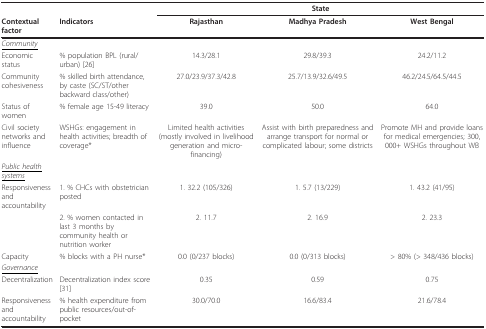
|  |  | <COLSPAN=3> State |
 | Contextual factor | Indicators | Rajasthan | Madhya Pradesh | West Bengal |
 | --- | --- | --- | --- | --- |
 | <underline>Community</underline> |  |  |  |  |
 | Economic status | % population BPL (rural/urban) [26] | 14.3/28.1 | 29.8/39.3 | 24.2/11.2 |
 | Community cohesiveness | % skilled birth attendance, by caste (SC/ST/other backward class/other) | 27.0/23.9/37.3/42.8 | 25.7/13.9/32.6/49.5 | 46.2/24.5/64.5/44.5 |
 | Status of women | % female age 15-49 literacy | 39.0 | 50.0 | 64.0 |
 | Civil society networks and influence | WSHGs: engagement in health activities; breadth of coverage* | Limited health activities (mostly involved in livelihood generation and micro-financing) | Assist with birth preparedness and arrange transport for normal or complicated labour; some districts | Promote MH and provide loans for medical emergencies; 300, 000+ WSHGs throughout WB |
 | <underline>Public health systems</underline> |  |  |  |  |
 | Responsiveness and accountability | 1. % CHCs with obstetrician posted | 1. 32.2 (105/326) | 1. 5.7 (13/229) | 1. 43.2 (41/95) |
 |  | 2. % women contacted in last 3 months by community health or nutrition worker | 2. 11.7 | 2. 16.9 | 2. 23.3 |
 | Capacity | % blocks with a PH nurse* | 0.0 (0/237 blocks) | 0.0 (0/313 blocks) | > 80% (> 348/436 blocks) |
 | <underline>Governance</underline> |  |  |  |  |
 | Decentralization | Decentralization index score [31] | 0.35 | 0.59 | 0.75 |
 | Responsiveness and accountability | % health expenditure from public resources/out-of-pocket | 30.0/70.0 | 16.6/83.4 | 21.6/78.4 |